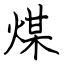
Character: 煤